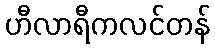
ဟီလာရီကလင်တန်